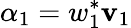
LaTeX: \alpha_{1}=w_{1}^{*}\mathbf{v}_{1}